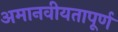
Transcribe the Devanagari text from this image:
अमानवीयतापूर्ण